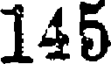
145